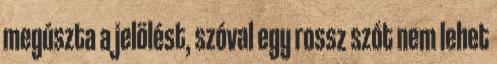
megúszta a jelölést, szóval egy rossz szót nem lehet